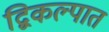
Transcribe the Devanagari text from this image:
द्विकल्पात